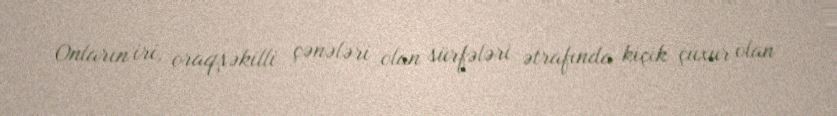
Onların iri, oraqşəkilli çənələri olan sürfələri ətrafında kiçik çuxur olan